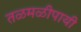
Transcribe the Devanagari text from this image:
तळमळीपायी